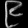
Digit: ၉